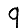
Digit: 9